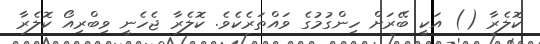
ކޮލެރާ () އަކީ ބޭރަށް ހިންގުމުގެ ވައްތަރެކެވެ. ކޮލެރާ ޖެހެނީ ވިބްރިއޯ ކޮލެރާ